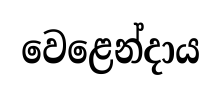
වෙළෙන්දාය